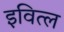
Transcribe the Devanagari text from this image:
इवित्ल